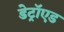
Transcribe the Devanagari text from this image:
डेट्रॉएड